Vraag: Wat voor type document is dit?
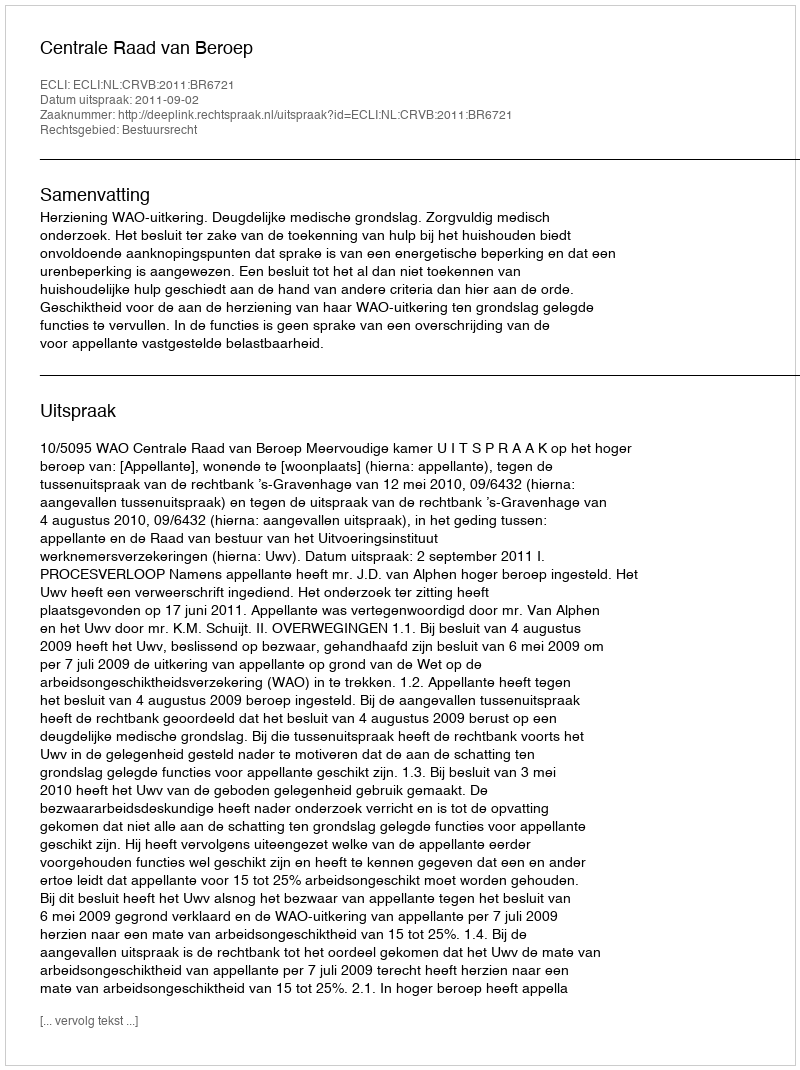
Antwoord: Uitspraak